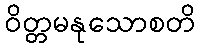
ဝိတ္တမနုသောစတိ